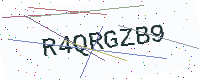
Text: R4QRGZB9